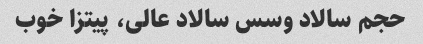
حجم سالاد وسس سالاد عالی، ‌پیتزا خوب